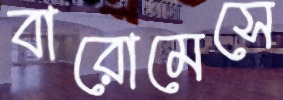
বারোমেসে